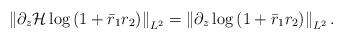
LaTeX: \begin{align*}\left\|\partial_{z} \mathcal{H} \log \left(1+\bar{r}_1 r_2\right)\right\|_{L^2}=\left\|\partial_{z} \log \left(1+\bar{r}_1r_2\right)\right\|_{L^2} .\end{align*}